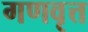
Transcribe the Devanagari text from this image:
गणवृत्त